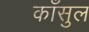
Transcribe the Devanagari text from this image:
काँसुल